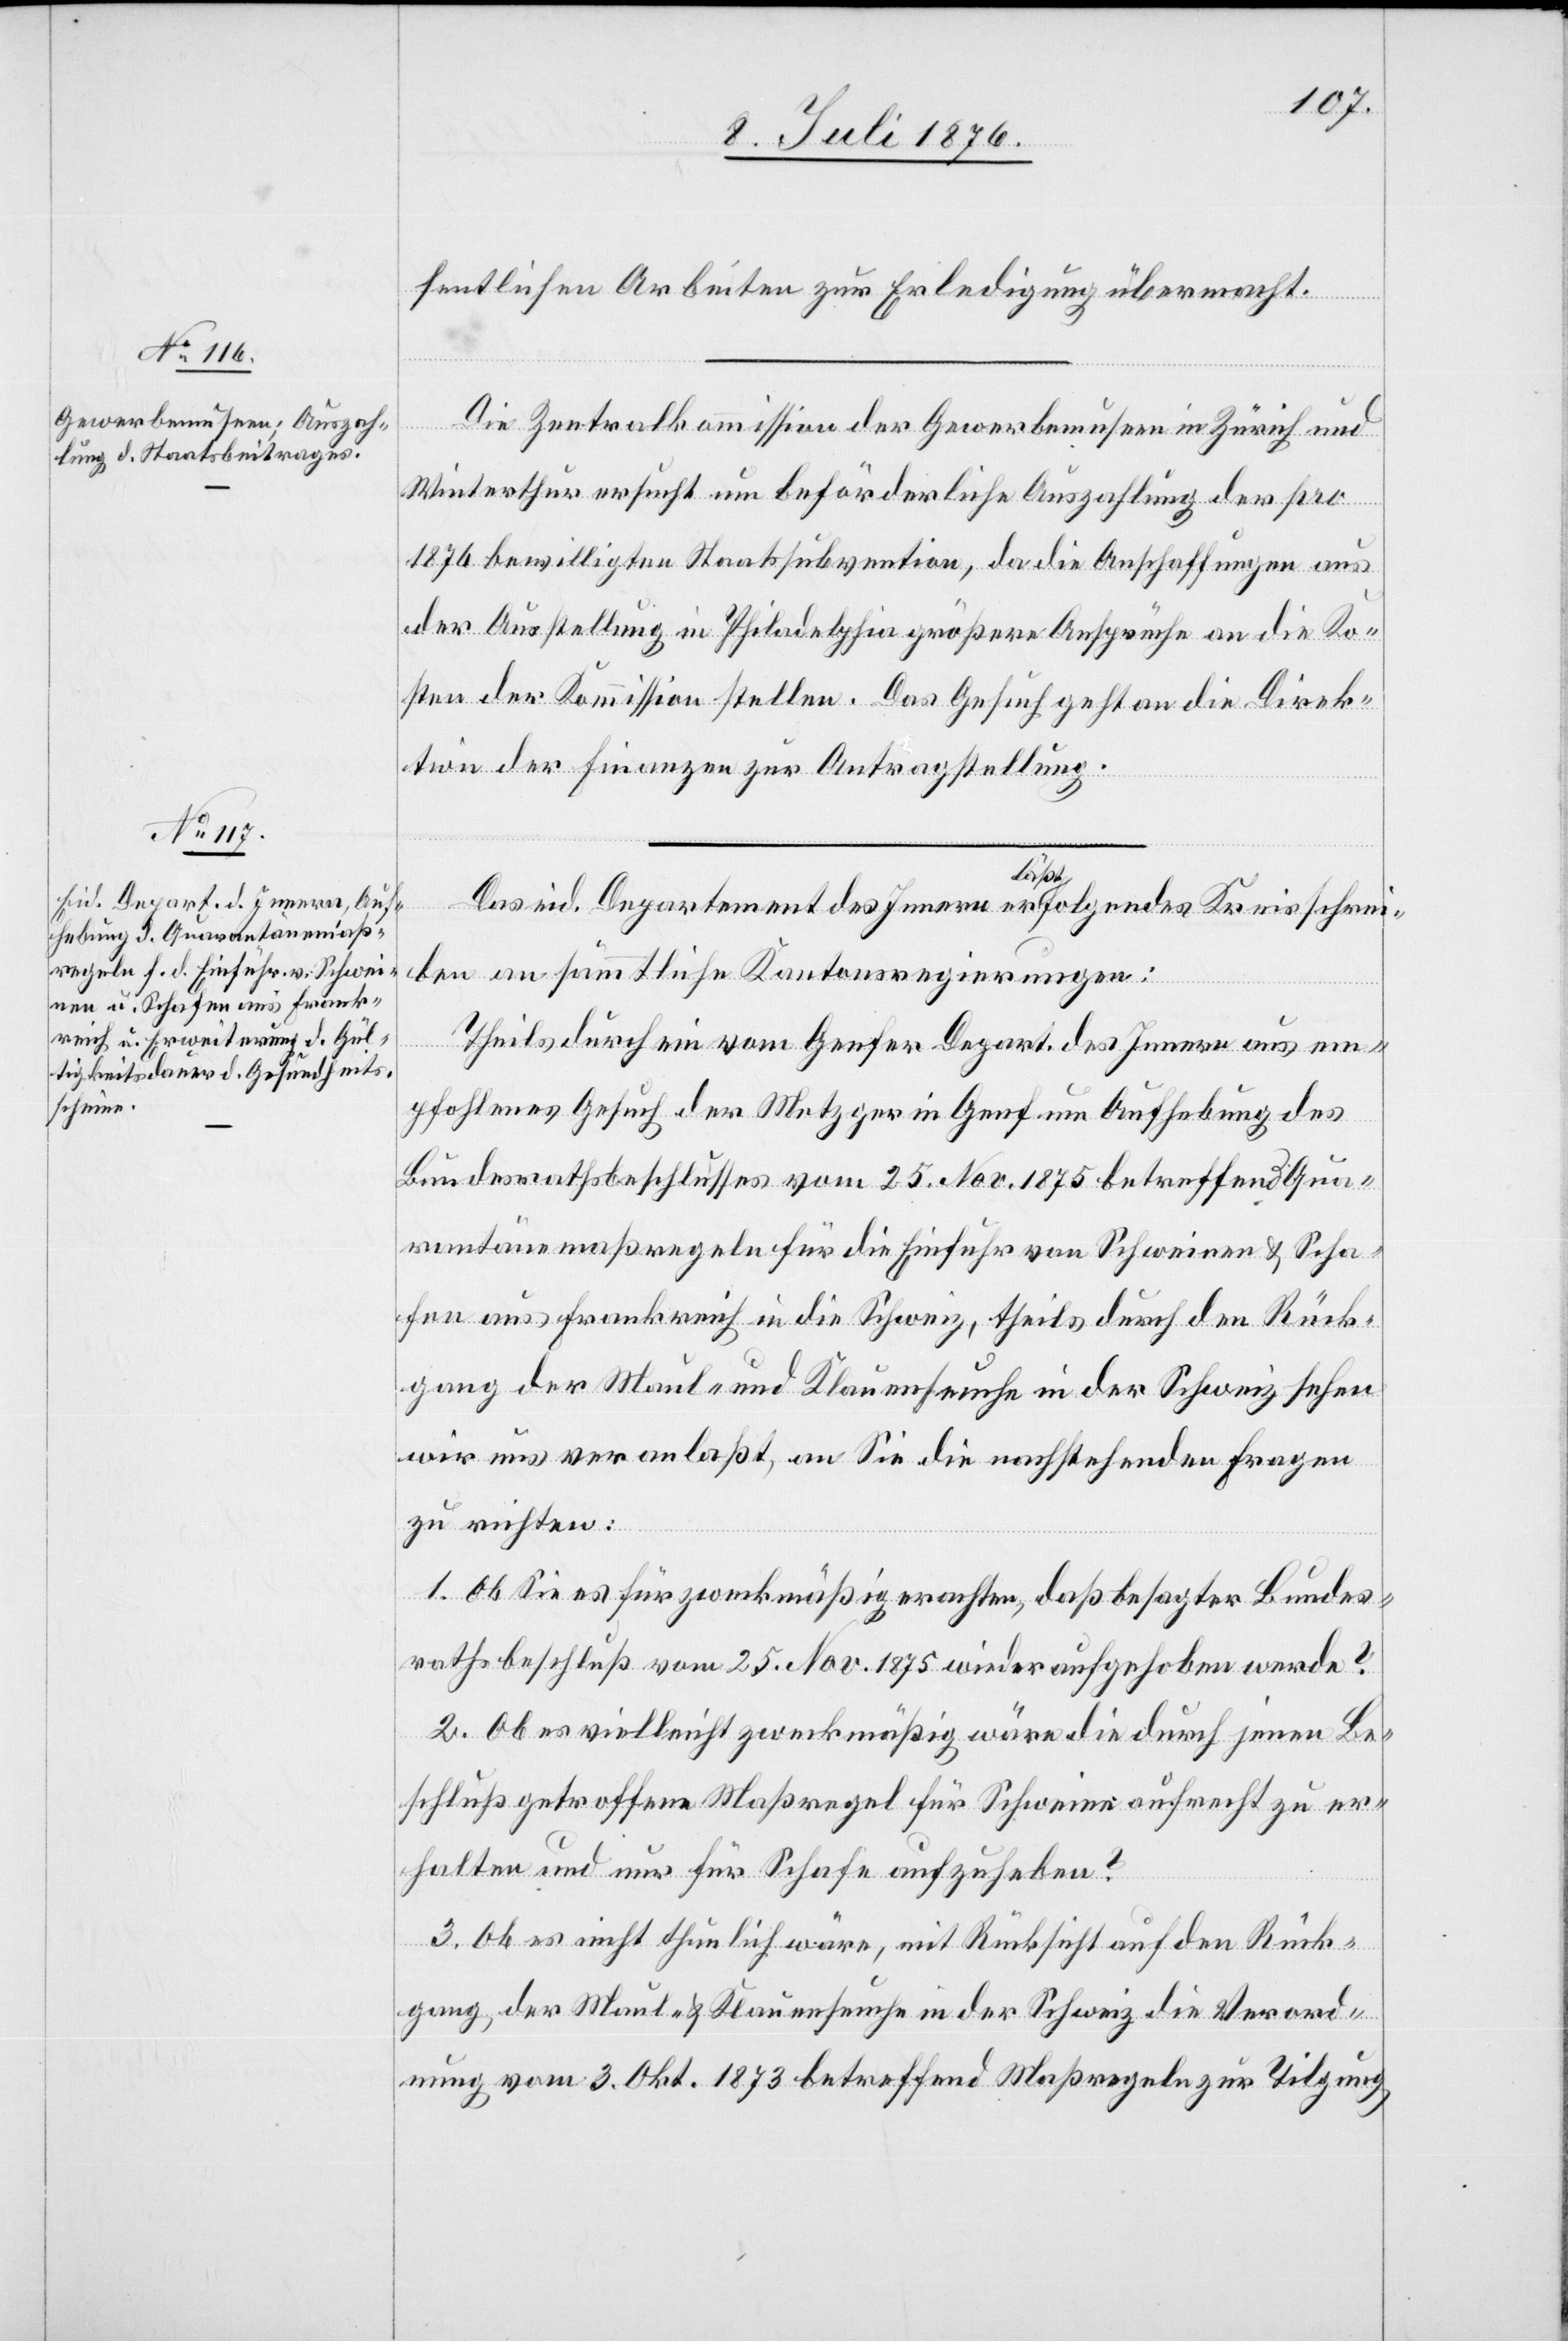
13. Juli 1876.]
fentlichen Arbeiten zur Erledigung übermacht.
Die Zentralkommission der Gewerbemuseen in Zürich und
Winterthur ersucht um beförderliche Auszahlung der pro
1876 bewilligten Staatssubvention, da die Anschaffungen aus
der Ausstellung in Philadelphia größere Ansprüche an die Ko¬
sten der Kommission stellen. Das Gesuch geht an die Direk¬
tion der Finanzen zur Antragstellung.
Das eid. Departement des Innern era lässt a folgendes Kreisschrei¬
ben an sämmtliche Kantonsregierungen:
Theils durch ein vom Genfer Depart. des Innern aus em¬
pfohlenes Gesuch der Metzger in Genf um Aufhebung des
Bundesrathsbeschlusses vom 25. Nov. 1875 betreffend Qua¬
rantänenmaßregeln für die Einfuhr von Schweinen & Scha¬
fen aus Frankreich in die Schweiz, theils durch den Rück¬
gang der Maul- und Klauenseuche in der Schweiz sehen
wir uns veranlaßt, an Sie die nachstehenden Fragen
zu richten:
1. Ob Sie es für zweckmäßig erachten, daß besagter Bundes¬
rathsbeschluß vom 25. Nov. 1875 wieder aufgehoben werde?
2. Ob es vielleicht zweckmäßig wäre die durch jenen Be¬
schluß getroffene Maßregel für Schweine aufrecht zu er¬
halten und nur für Schafe aufzuheben?
3. Ob es nicht thunlich wäre, mit Rücksicht auf den Rück¬
gang , der Maul- & Klauenseuche in der Schweiz die Verord¬
nung vom 3. Okt. 1873 betreffend Maßregeln zur Tilgung